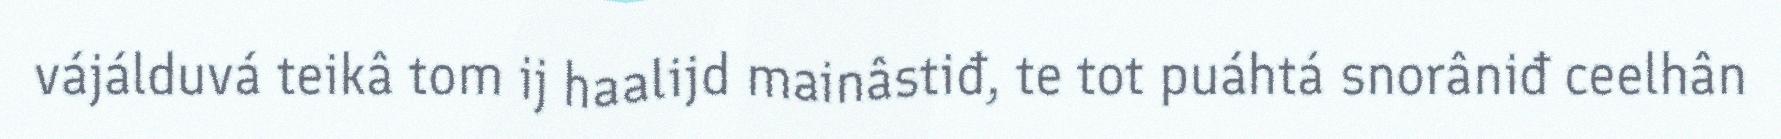
vájálduvá teikâ tom ij haalijd mainâstiđ, te tot puáhtá snorâniđ ceelhân